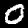
Digit: 0